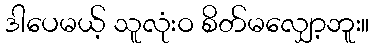
ဒါပေမယ့် သူလုံးဝ စိတ်မလျှော့ဘူး။